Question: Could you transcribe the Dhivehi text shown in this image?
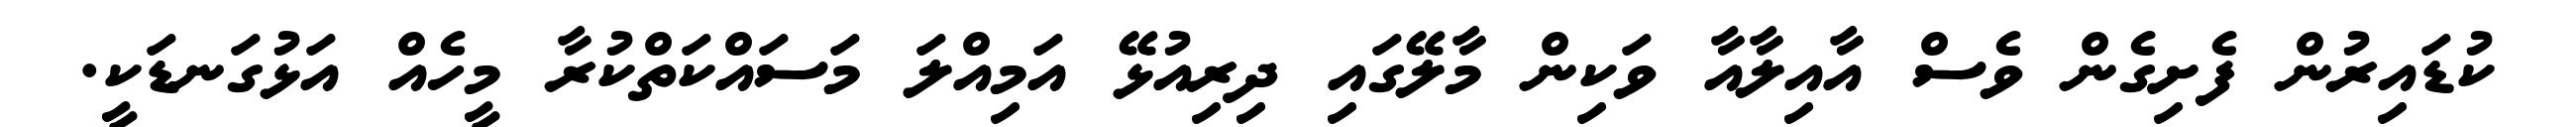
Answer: ކުޑައިރުން ފެށިގެން ވެސް އާއިލާއާ ވަކިން މާލޭގައި ދިރިއުޅޭ އަމިއްލަ މަސައްކަތްކުރާ މީހެއް އަޅުގަނޑަކީ.